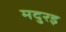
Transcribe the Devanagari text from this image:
मदुरइ